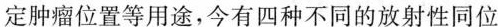
定肿瘤位置等用途，今有四种不同的放射性同位